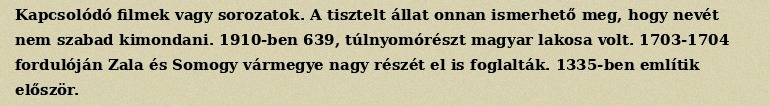
Kapcsolódó filmek vagy sorozatok. A tisztelt állat onnan ismerhető meg, hogy nevét nem szabad kimondani. 1910-ben 639, túlnyomórészt magyar lakosa volt. 1703-1704 fordulóján Zala és Somogy vármegye nagy részét el is foglalták. 1335-ben említik először.